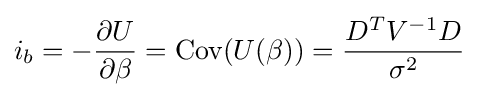
i_{b}=-{\frac {\partial U}{\partial \beta }}=\operatorname {Cov} (U(\beta ))={\frac {D^{T}V^{-1}D}{\sigma ^{2}}}